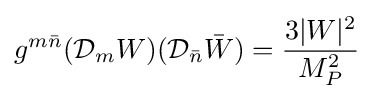
g^{m{\bar {n}}}({\mathcal {D}}_{m}W)({\mathcal {D}}_{\bar {n}}{\bar {W}})={\frac {3|W|^{2}}{M_{P}^{2}}}